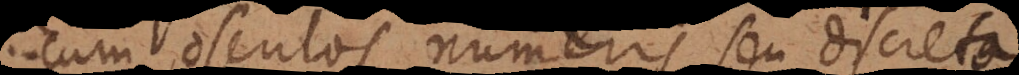
cum [oscula] numeris seu discreto